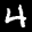
Label: 4